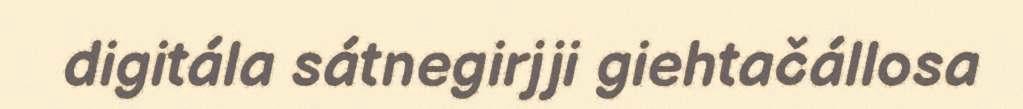
digitála sátnegirjji giehtačállosa